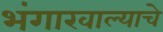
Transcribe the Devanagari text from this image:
भंगारवाल्याचे